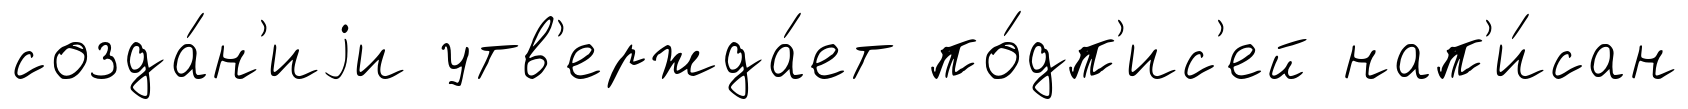
созда́н'иjи утв'ержда́ет по́дп'ис'ей нап'и́сан